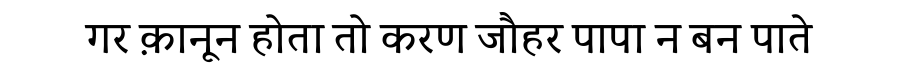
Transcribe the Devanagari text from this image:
गर क़ानून होता तो करण जौहर पापा न बन पाते